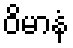
ဝိမာနံ